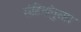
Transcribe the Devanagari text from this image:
संहितांनुसार